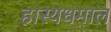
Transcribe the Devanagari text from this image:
हास्यधमाल